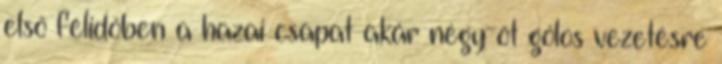
első félidőben a hazai csapat akár négy-öt gólos vezetésre